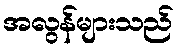
အလွန်များသည်